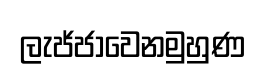
ලැජ්ජාවෙනමුහුණ